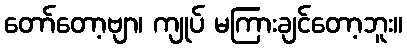
တော်တော့ဗျာ၊ ကျုပ် မကြားချင်တော့ဘူး။